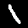
Digit: 1